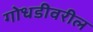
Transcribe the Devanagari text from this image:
गोधडीवरील